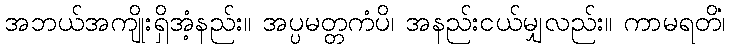
အဘယ်အကျိုးရှိအံ့နည်း။ အပ္ပမတ္တကံပိ၊ အနည်းငယ်မျှလည်း။ ကာမရတိံ၊